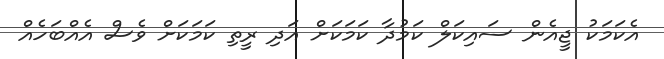
އެކަމަކު ޖީއެން ސައިކަލް ކަމުދާ ކަމަކަށް އަދި ރީތި ކަމަކަށް ވެސް އެއްބަހެއް